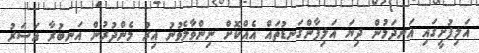
އަލިފުށީގައި އަނދަމުން ދިޔަ އަލިފާންގަނޑުތައް އެއްކޮށް ނިންވާލެވުނު އިރު މެންދުރުން އަނބުރާ އަސަރު